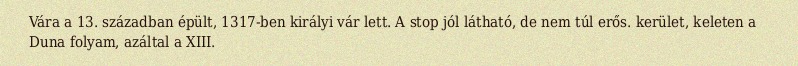
Vára a 13. században épült, 1317-ben királyi vár lett. A stop jól látható, de nem túl erős. kerület, keleten a Duna folyam, azáltal a XIII.